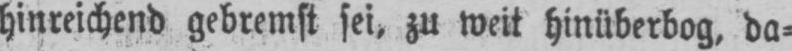
hinreichend gebremst sei, zu weit hinüberbog‚ da⸗